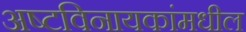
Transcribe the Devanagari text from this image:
अष्टविनायकांमधील